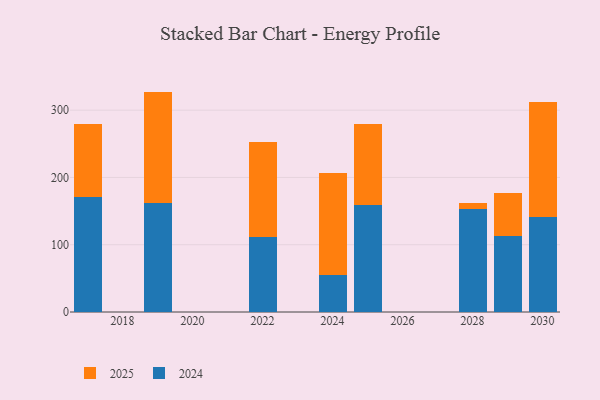
{"axis": {"x": "Year", "y": "Production Output"}, "legend": ["2024", "2025"], "data": [{"x": "2030", "y": 171.6, "type": "2025"}, {"x": "2030", "y": 141.1, "type": "2024"}, {"x": "2028", "y": 8.5, "type": "2025"}, {"x": "2028", "y": 153.7, "type": "2024"}, {"x": "2022", "y": 141.1, "type": "2025"}, {"x": "2022", "y": 111.2, "type": "2024"}, {"x": "2025", "y": 120.4, "type": "2025"}, {"x": "2025", "y": 158.6, "type": "2024"}, {"x": "2017", "y": 109.1, "type": "2025"}, {"x": "2017", "y": 170.2, "type": "2024"}, {"x": "2029", "y": 64.3, "type": "2025"}, {"x": "2029", "y": 112.8, "type": "2024"}, {"x": "2024", "y": 151.9, "type": "2025"}, {"x": "2024", "y": 55.0, "type": "2024"}, {"x": "2019", "y": 165.1, "type": "2025"}, {"x": "2019", "y": 162.5, "type": "2024"}]}